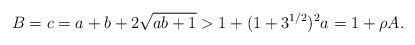
LaTeX: \begin{align*}B=c=a+b+2\sqrt{ab+1} > 1+(1+ 3^{1/2})^{2}a=1+\rho A. \end{align*}